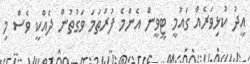
އީދު ކުޅިވަރެއް ގައުމީ ޓީވީން އެންމެ ފުރަތަމަ ވަގުތުން ދެއްކީ ވެސް މި